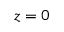
z = 0